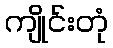
ကျိုင်းတုံ